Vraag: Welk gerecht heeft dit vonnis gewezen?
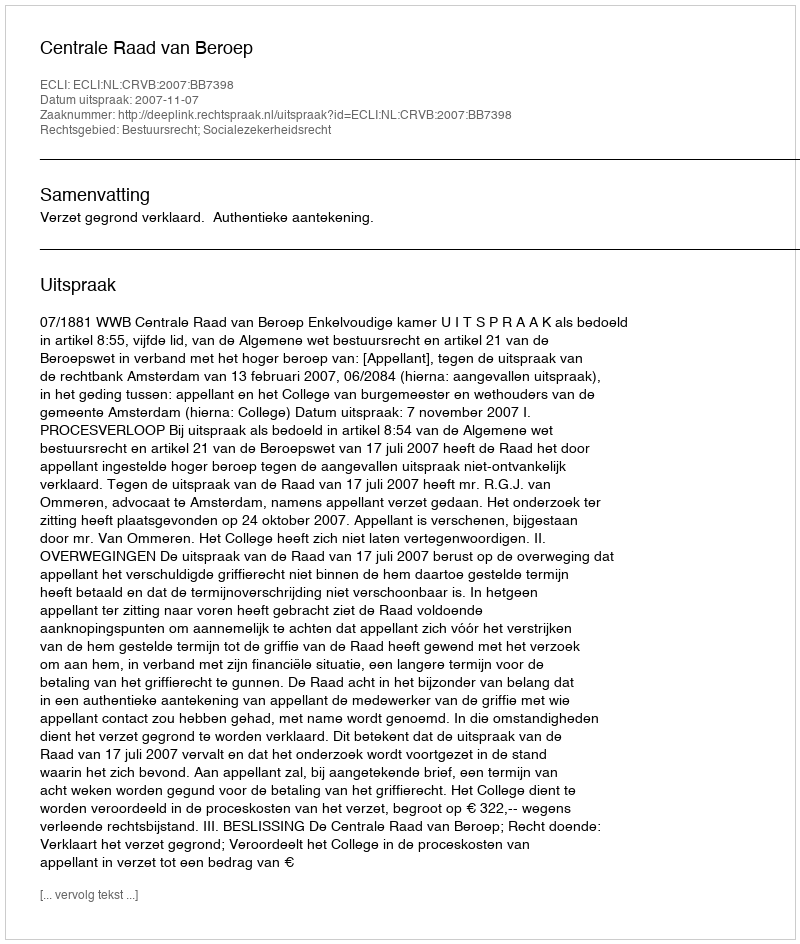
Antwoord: Centrale Raad van Beroep